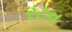
રટન